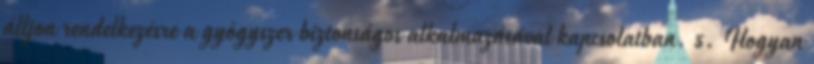
álljon rendelkezésre a gyógyszer biztonságos alkalmazásával kapcsolatban. 5. Hogyan